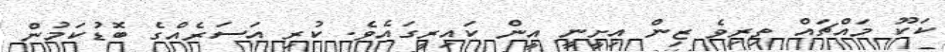
ކަކޫ މައްޗައް ތިރިވެ ޒިން އިށީނީ އީން ކައިރީގައެވެ. ކުރި އަސަރެއްގެ ބޮޑުކަމުން